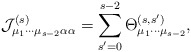
\begin{align*}{\cal J}_{\mu _{1}\cdots \mu _{s-2}\alpha \alpha }^{(s)}=\sum_{s^{\prime}=0}^{s-2}\Theta _{\mu _{1}\cdots \mu _{s-2}}^{(s,s^{\prime })},\end{align*}